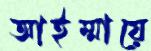
আইম্মায়ে